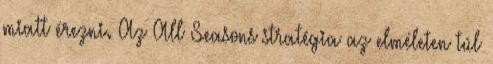
miatt érezni. Az All Seasons stratégia az elméleten túl